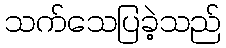
သက်သေပြခဲ့သည်